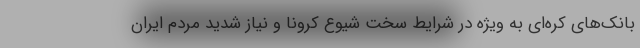
بانک‌های کره‌ای به ویژه در شرایط سخت شیوع کرونا و نیاز شدید مردم ایران